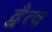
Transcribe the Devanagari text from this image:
द्वैत्व